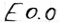
Text: E0.0